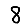
Digit: 8